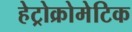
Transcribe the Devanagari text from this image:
हेट्रोक्रोमेटिक